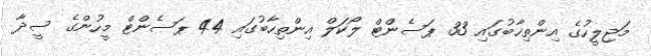
މަޖިލީހުގެ އިންތިޚާބުގައި 33 ޕަސެންޓް ލޯކަލް އިންތިހާބުގައި 44 ޕަސެންޓް މީހުންގެ ސީދާ